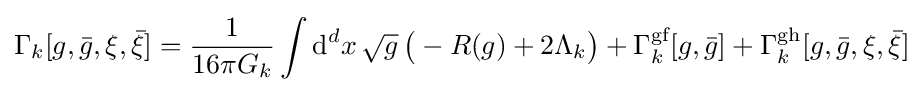
\Gamma _{k}[g,{\bar {g}},\xi ,{\bar {\xi }}]={\frac {1}{16\pi G_{k}}}\int {\text{d}}^{d}x\,{\sqrt {g}}\,{\big (}-R(g)+2\Lambda _{k}{\big )}+\Gamma _{k}^{\text{gf}}[g,{\bar {g}}]+\Gamma _{k}^{\text{gh}}[g,{\bar {g}},\xi ,{\bar {\xi }}]